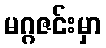
မဂ္ဂဇင်းမှာ